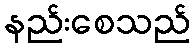
နည်းစေသည်